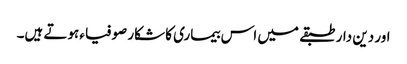
اور دین دار طبقے میں اس بیماری کا شکار صوفیاء ہوتے ہیں۔